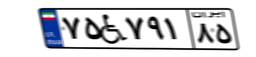
۷۵W۷۹۱۸۵